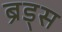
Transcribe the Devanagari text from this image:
ब्रॅंड्स